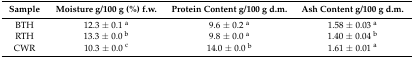
<table><thead><tr><td><b>Sample</b></td><td><b>Moisture g/100 g (%) f.w.</b></td><td><b>Protein Content g/100 g d.m.</b></td><td><b>Ash Content g/100 g d.m.</b></td></tr></thead><tbody><tr><td>BTH</td><td>12.3 ± 0.1 <sup>a</sup></td><td>9.6 ± 0.2 <sup>a</sup></td><td>1.58 ± 0.03 <sup>a</sup></td></tr><tr><td>RTH</td><td>13.3 ± 0.0 <sup>b</sup></td><td>9.8 ± 0.0 <sup>a</sup></td><td>1.40 ± 0.04 <sup>b</sup></td></tr><tr><td>CWR</td><td>10.3 ± 0.0 <sup>c</sup></td><td>14.0 ± 0.0 <sup>b</sup></td><td>1.61 ± 0.01 <sup>a</sup></td></tr></tbody></table>